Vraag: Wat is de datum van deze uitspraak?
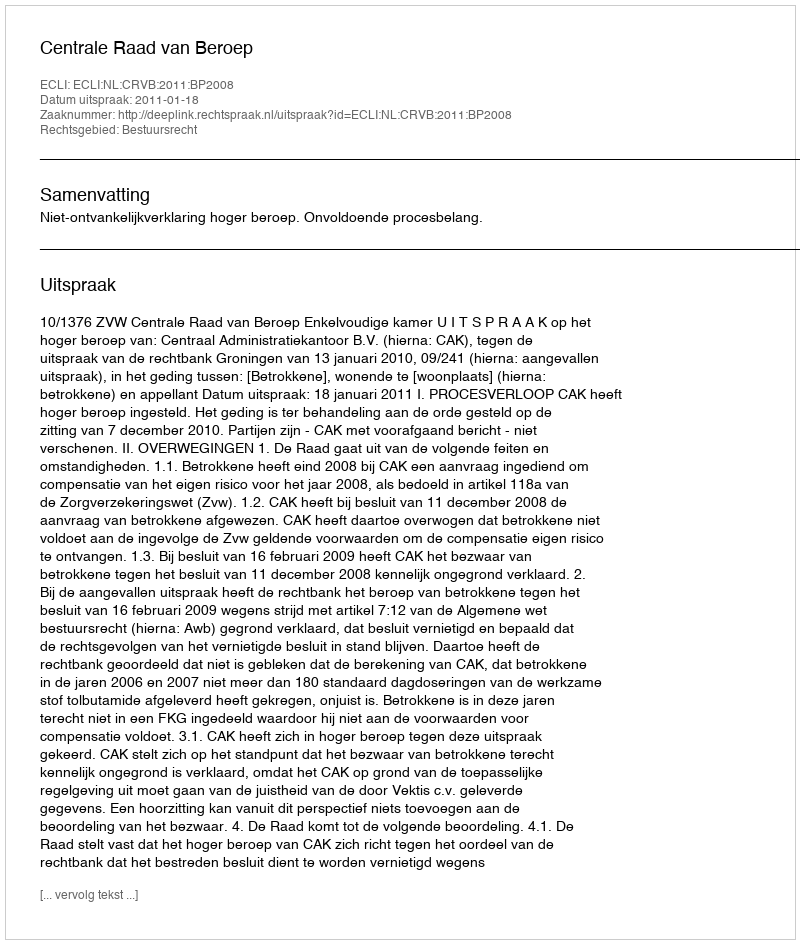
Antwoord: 2011-01-18